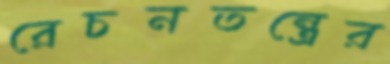
রেচনতন্ত্রের